Assam Mental Hospital (Tezpur, India) - 1933-1948
Year: 1933
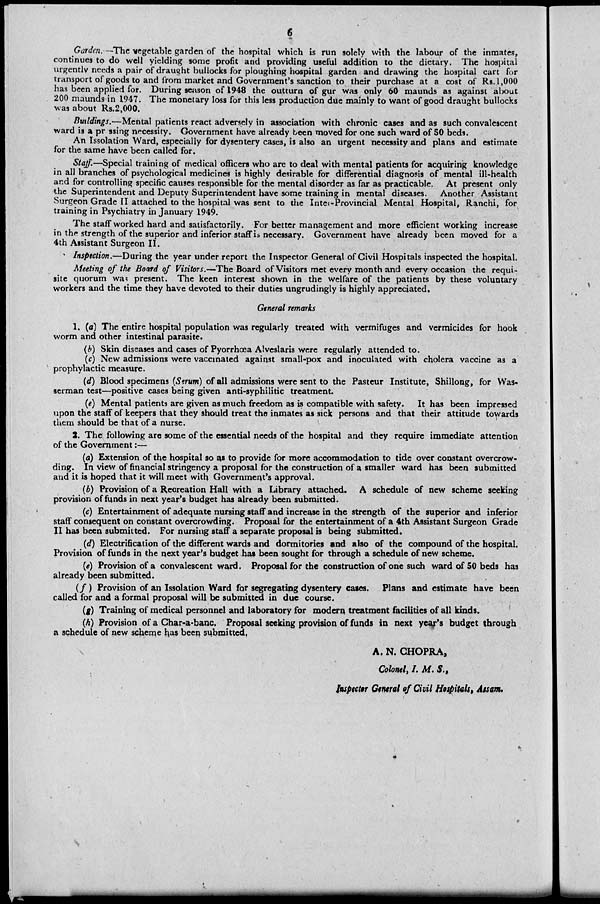
6
Garden. —The vegetable garden of the hospital which is run solely with the labour of the inmates,
continues to do well yielding some profit and providing useful addition to the dietary. The hospital
urgently needs a pair of draught bullocks for ploughing hospital garden and drawing the hospital cart for
transport of goods to and from market and Government's sanction to their purchase at a cost of Rs. 1,000
has been applied for. During season of 1948 the outturn of gur was only 60 maunds as against about
200 maunds in 1947. The monetary loss for this less production due mainly to want of good draught bullocks
was about Rs.2,000.
Buildings.—Mental patients react adversely in association with chronic cases and as such convalescent
ward is a pressing necessity. Government have already been moved for one such ward of 50 beds.
An Issolation Ward, especially for dysentery cases, is also an urgent necessity and plans and estimate
for the same have been called for.
Staff.—Special training of medical officers who are to deal with mental patients for acquiring knowledge
in all branches of psychological medicines is highly desirable for differential diagnosis of mental ill-health
and for controlling specific causes responsible for the mental disorder as far as practicable. At present only
the Superintendent and Deputy Superintendent have some training in mental diseases. Another Assistant
Surgeon Grade II attached to the hospital was sent to the Inter-Provincial Mental Hospital, Ranchi, for
training in Psychiatry in January 1949.
The staff worked hard and satisfactorily. For better management and more efficient working increase
in the strength of the superior and inferior staff is necessary. Government have already been moved for a
4th Assistant Surgeon II.
Inspection.—During the year under report the Inspector General of Civil Hospitals inspected the hospital.
Meeting of the Board of Visitors.—The Board of Visitors met every month and every occasion the requi-
site quorum was present. The keen interest shown in the welfare of the patients by these voluntary
workers and the time they have devoted to their duties ungrudingly is highly appreciated.
General remarks
1. (a) The entire hospital population was regularly treated with vermifuges and vermicides for hook
worm and other intestinal parasite.
(b) Skin diseases and cases of Pyorrhœa Alveslaris were regularly attended to.
(c) New admissions were vaccinated against small-pox and inoculated with cholera vaccine as a
prophylactic measure.
(d) Blood specimens (Serum) of all admissions were sent to the Pasteur Institute, Shillong, for Was-
serman test—positive cases being given anti-syphilitic treatment
(e) Mental patients are given as much freedom as is compatible with safety. It has been impressed
upon the staff of keepers that they should treat the inmates as sick persons and that their attitude towards
them should be that of a nurse.
2. The following are some of the essential needs of the hospital and they require immediate attention
of the Government:—
(a) Extension of the hospital so as to provide for more accommodation to tide over constant overcrow-
ding. In view of financial stringency a proposal for the construction of a smaller ward has been submitted
and it is hoped that it will meet with Government's approval.
(b) Provision of a Recreation Hall with a Library attached. A schedule of new scheme seeking
provision of funds in next year's budget has already been submitted.
(c) Entertainment of adequate nursing staff and increase in the strength of the superior and inferior
staff consequent on constant overcrowding. Proposal for the entertainment of a 4th Assistant Surgeon Grade
II has been submitted. For nursing staff a separate proposal is being submitted.
(d) Electrification of the different wards and dormitories and also of the compound of the hospital.
Provision of funds in the next year's budget has been sought for through a schedule of new scheme.
(e) Provision of a convalescent ward. Proposal for the construction of one such ward of 50 beds has
already been submitted.
(f) Provision of an Issolation Ward for segregating dysentery cases. Plans and estimate have been
called for and a formal proposal will be submitted in due course.
(g) Training of medical personnel and laboratory for modern treatment facilities of all kinds.
(h) Provision of a Char-a-banc. Proposal seeking provision of funds in next year's budget through
a schedule of new scheme has been submitted,
A. N. CHOPRA,
Colonel, I. M. S.,
Inspecter General of Civil Hospitals, Assam.